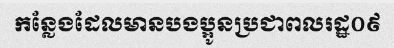
កន្លែងដែលមានបងប្អូនប្រជាពលរដ្ឋ០៩